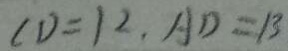
C D = 1 2 , A D = 1 3